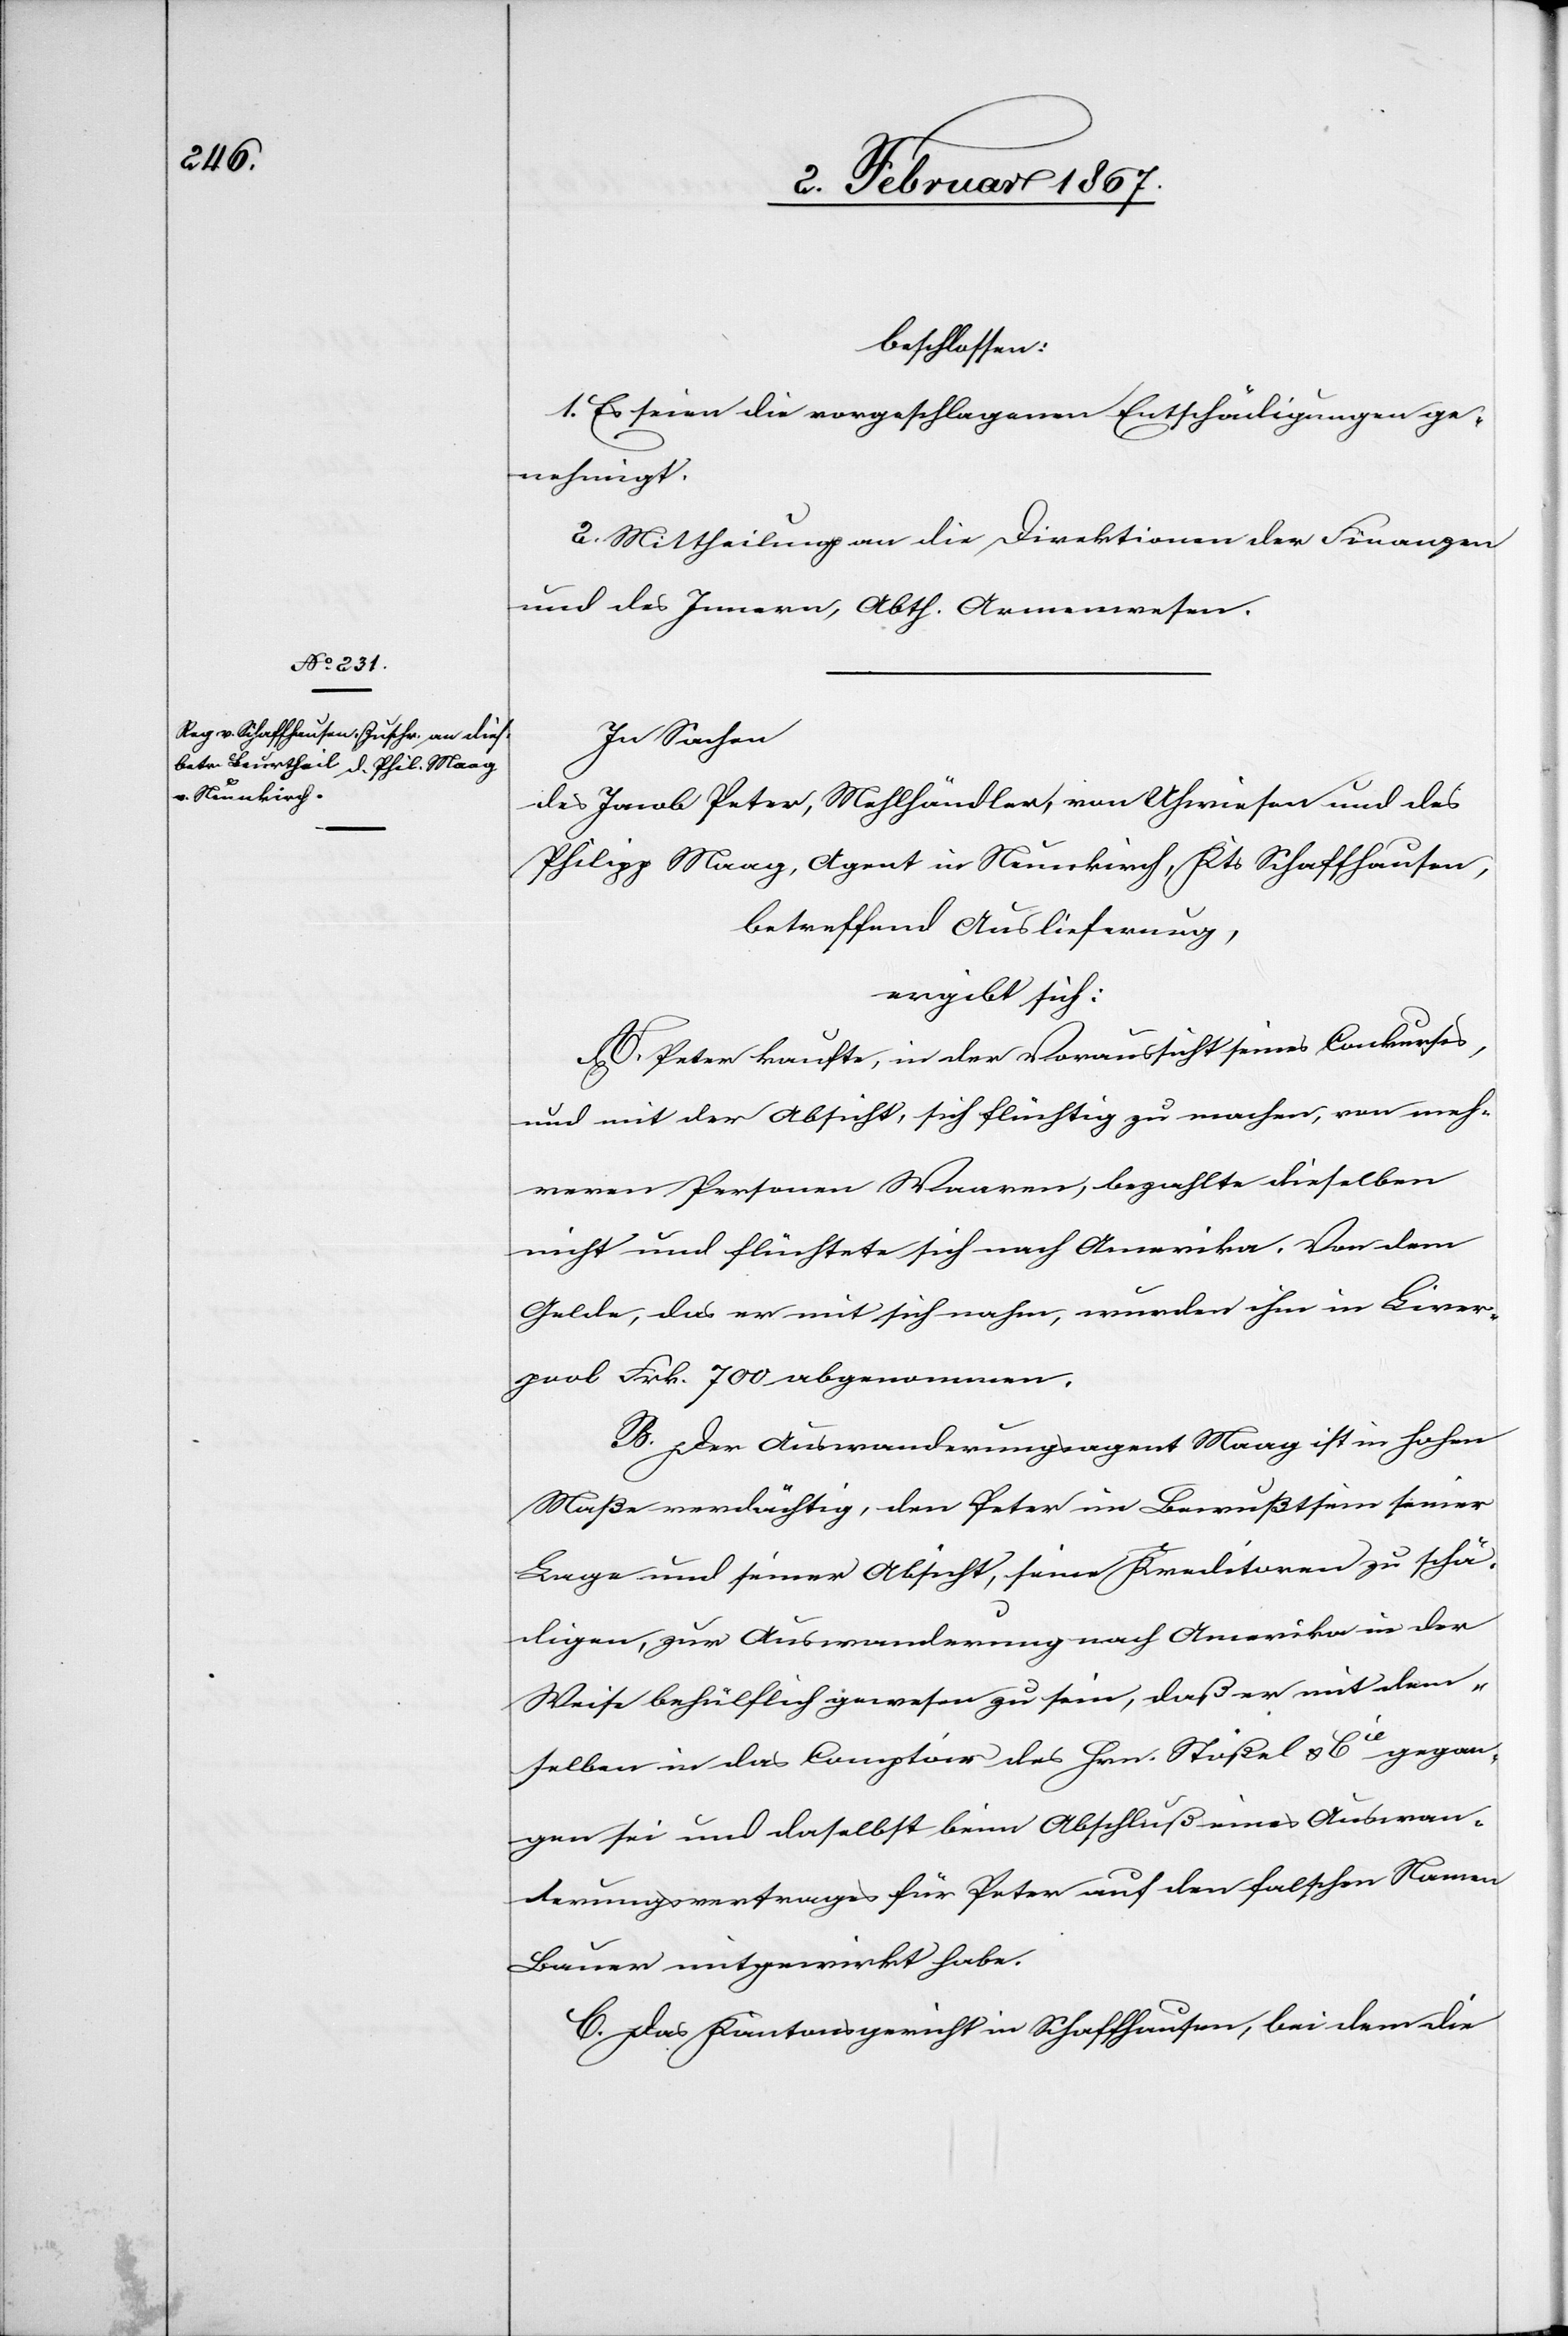
beschlossen:
1. Es seien die vorgeschlagenen Entschädigungen ge¬
nehmigt.
2. Mittheilung an die Direktionen der Finanzen
und des Innern, Abth. Armenwesen.
In Sachen
des Jacob Peter, Mehlhändler, von Uhwiesen und des
Philipp Maag, Agent in Neunkirch, Kts Schaffhausen,
betreffend Auslieferung,
ergibt sich:
A. Peter kaufte, in der Voraussicht seines Conkurses,
und mit der Absicht, sich flüchtig zu machen, von meh¬
reren Personen Waaren, bezahlte dieselben
nicht und flüchtete sich nach Amerika. Von dem
Gelde, das er mit sich nahm, wurden ihm in Liver¬
pool Frk. 700 abgenommen.
B. Der Auswanderungsagent Maag ist in hohen
Maße verdächtig, dem Peter im Bewußtsein seiner
Lage und seiner Absicht, seine Kreditoren zu schä¬
digen, zur Auswanderung nach Amerika in der
Weise behülflich gewesen zu sein, daß er mit dem¬
selben in das Comptoir des Hrn. Stößel & Cie gegan¬
gen sei und daselbst beim Abschluß eines Auswan¬
derungsvertrages für Peter auf den falschen Namen
Bauer mitgewirkt habe.
C. Das Kantonsgericht in Schaffhausen, bei dem die